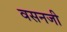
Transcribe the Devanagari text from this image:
वसनजी